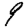
Digit: 9